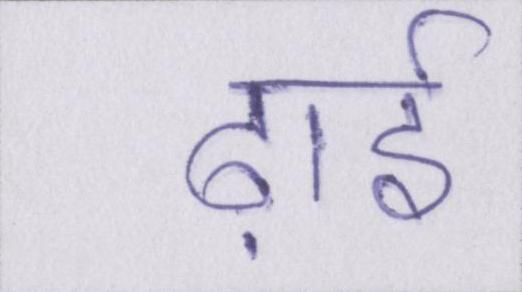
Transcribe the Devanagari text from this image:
ढ़ाई